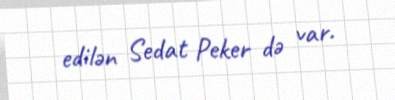
edilən Sedat Peker də var.